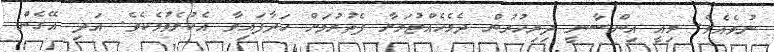
ނުވެއެވެ. މިއީ އިންސާނީ ދިރިހުރުން ދެމެހެއްޓުމަށާ ފެތުރުމަށް ހަދާފައިވާ އެކުލެވުމެކެވެ. އަދި އޭގެން